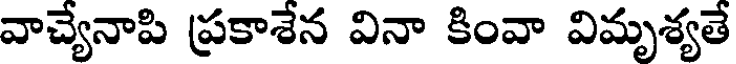
వాచ్యేనాపి ప్రకాశేన వినా కింవా విమృశ్యతే